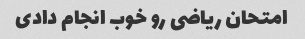
امتحان ریاضی رو خوب انجام دادی